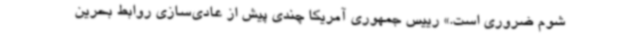
شوم ضروری است.» رییس جمهوری آمریکا چندی پیش از عادی‌سازی روابط بحرین